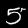
Digit: 5